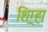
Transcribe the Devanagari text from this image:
शिग्र्हा